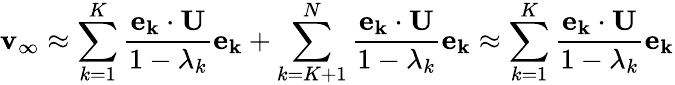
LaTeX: \mathbf{v_{\infty}}\approx\sum_{k=1}^{K}\frac{\mathbf{e_{k}}\cdot\mathbf{U}}{1-\lambda_{k}}\mathbf{e_{k}}+\sum_{k=K+1}^{N}\frac{\mathbf{e_{k}}\cdot\mathbf{U}}{1-\lambda_{k}}\mathbf{e_{k}}\approx\sum_{k=1}^{K}\frac{\mathbf{e_{k}}\cdot\mathbf{U}}{1-\lambda_{k}}\mathbf{e_{k}}